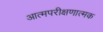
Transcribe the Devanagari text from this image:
आत्मपरीक्षणात्मक